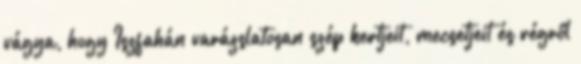
vágya, hogy Iszfahán varázslatosan szép kertjeit, mecsetjeit és régről